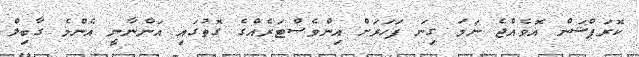
ކޮރަޕްޝަން އޮވެއްޖެ ނަމަ ގިނަ ފަހަރަށް އިންވެސްޓަރެއްގެ ގޮތުގައި އަންނާނީ އެންމެ ގާބިލް